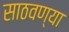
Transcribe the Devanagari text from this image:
साठवण्या